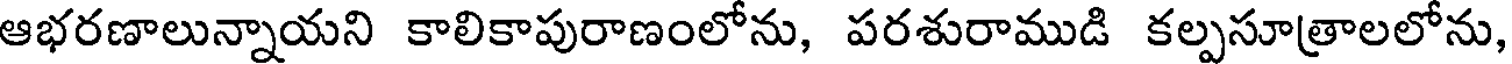
ఆభరణాలున్నాయని కాలికాపురాణంలోను, పరశురాముడి కల్పసూత్రాలలోను,